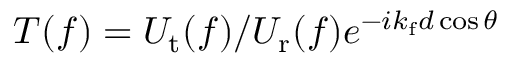
T ( f ) = U _ { \mathrm { t } } ( f ) / U _ { \mathrm { r } } ( f ) e ^ { - i k _ { \mathrm { f } } d \cos \theta }